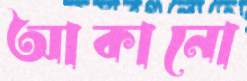
আকানো